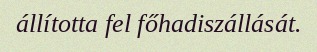
állította fel főhadiszállását.